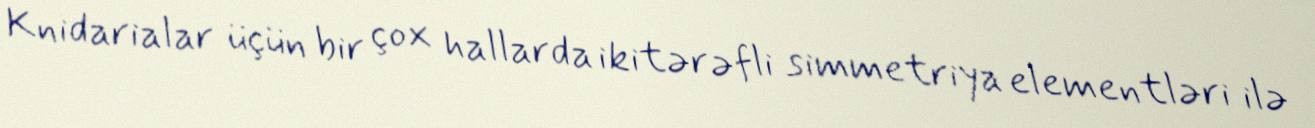
Knidarialar üçün bir çox hallarda ikitərəfli simmetriya elementləri ilə